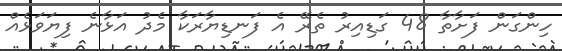
ހިންގަން ފަށާތާ 48 ގަޑިއިރު ތެރޭ އެ ފަނޑިޔާރަކާ މެދު އަޅާނެ ފިޔަވަޅެއް